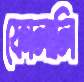
ফোলালি